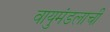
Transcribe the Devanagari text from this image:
वायुमंडलाची